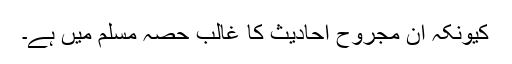
کیونکہ ان مجروح احادیث کا غالب حصہ مسلم میں ہے۔